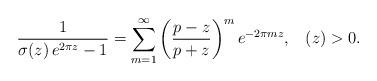
LaTeX: \begin{align*}\frac{1}{\sigma(z)\,e^{2\pi z}-1}=\sum_{m=1}^{\infty}\left(\frac{p-z}{p+z}\right)^{m}e^{-2\pi mz},\,\,\,\,\,(z)>0.\end{align*}